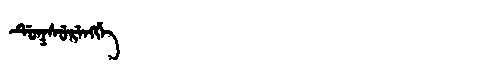
Manchu: ᡩᡠᡴᠰᡠᡵᡝᠩᡤᡝ
Romanization: DUKSURENGGE